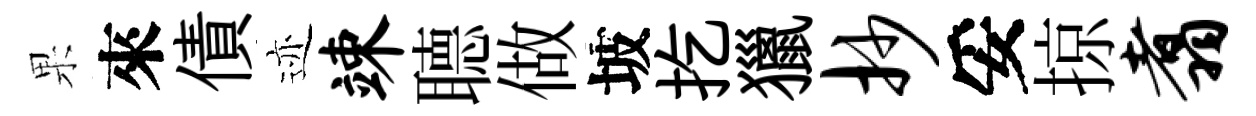
果來債迹竦𦗟做坡扢獵抄妥掠翥